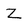
Character: Z